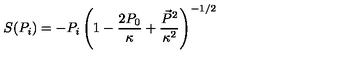
S ( P _ { i } ) = - P _ { i } \left( 1 - \frac { 2 P _ { 0 } } { \kappa } + \frac { \vec { P } ^ { 2 } } { \kappa ^ { 2 } } \right) ^ { - 1 / 2 }